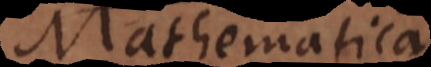
Mathemat